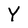
Character: Y